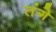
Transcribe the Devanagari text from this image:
तंगे